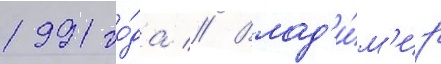
1991 го́да // Влад'и́м'ир